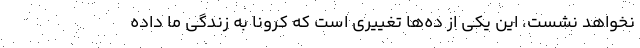
نخواهد نشست، این یکی از ده‌ها تغییری است که کرونا به زندگی ما داده